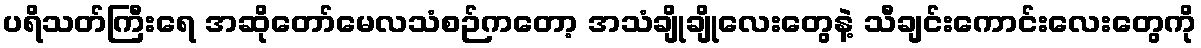
ပရိသတ်ကြီးရေ အဆိုတော်မေလသံစဉ်ကတော့ အသံချိုချိုလေးတွေနဲ့ သီချင်းကောင်းလေးတွေကို